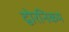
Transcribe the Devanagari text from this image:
द्वोरनिकम